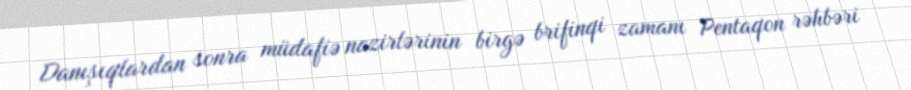
Danışıqlardan sonra müdafiə nazirlərinin birgə brifinqi zamanı Pentaqon rəhbəri